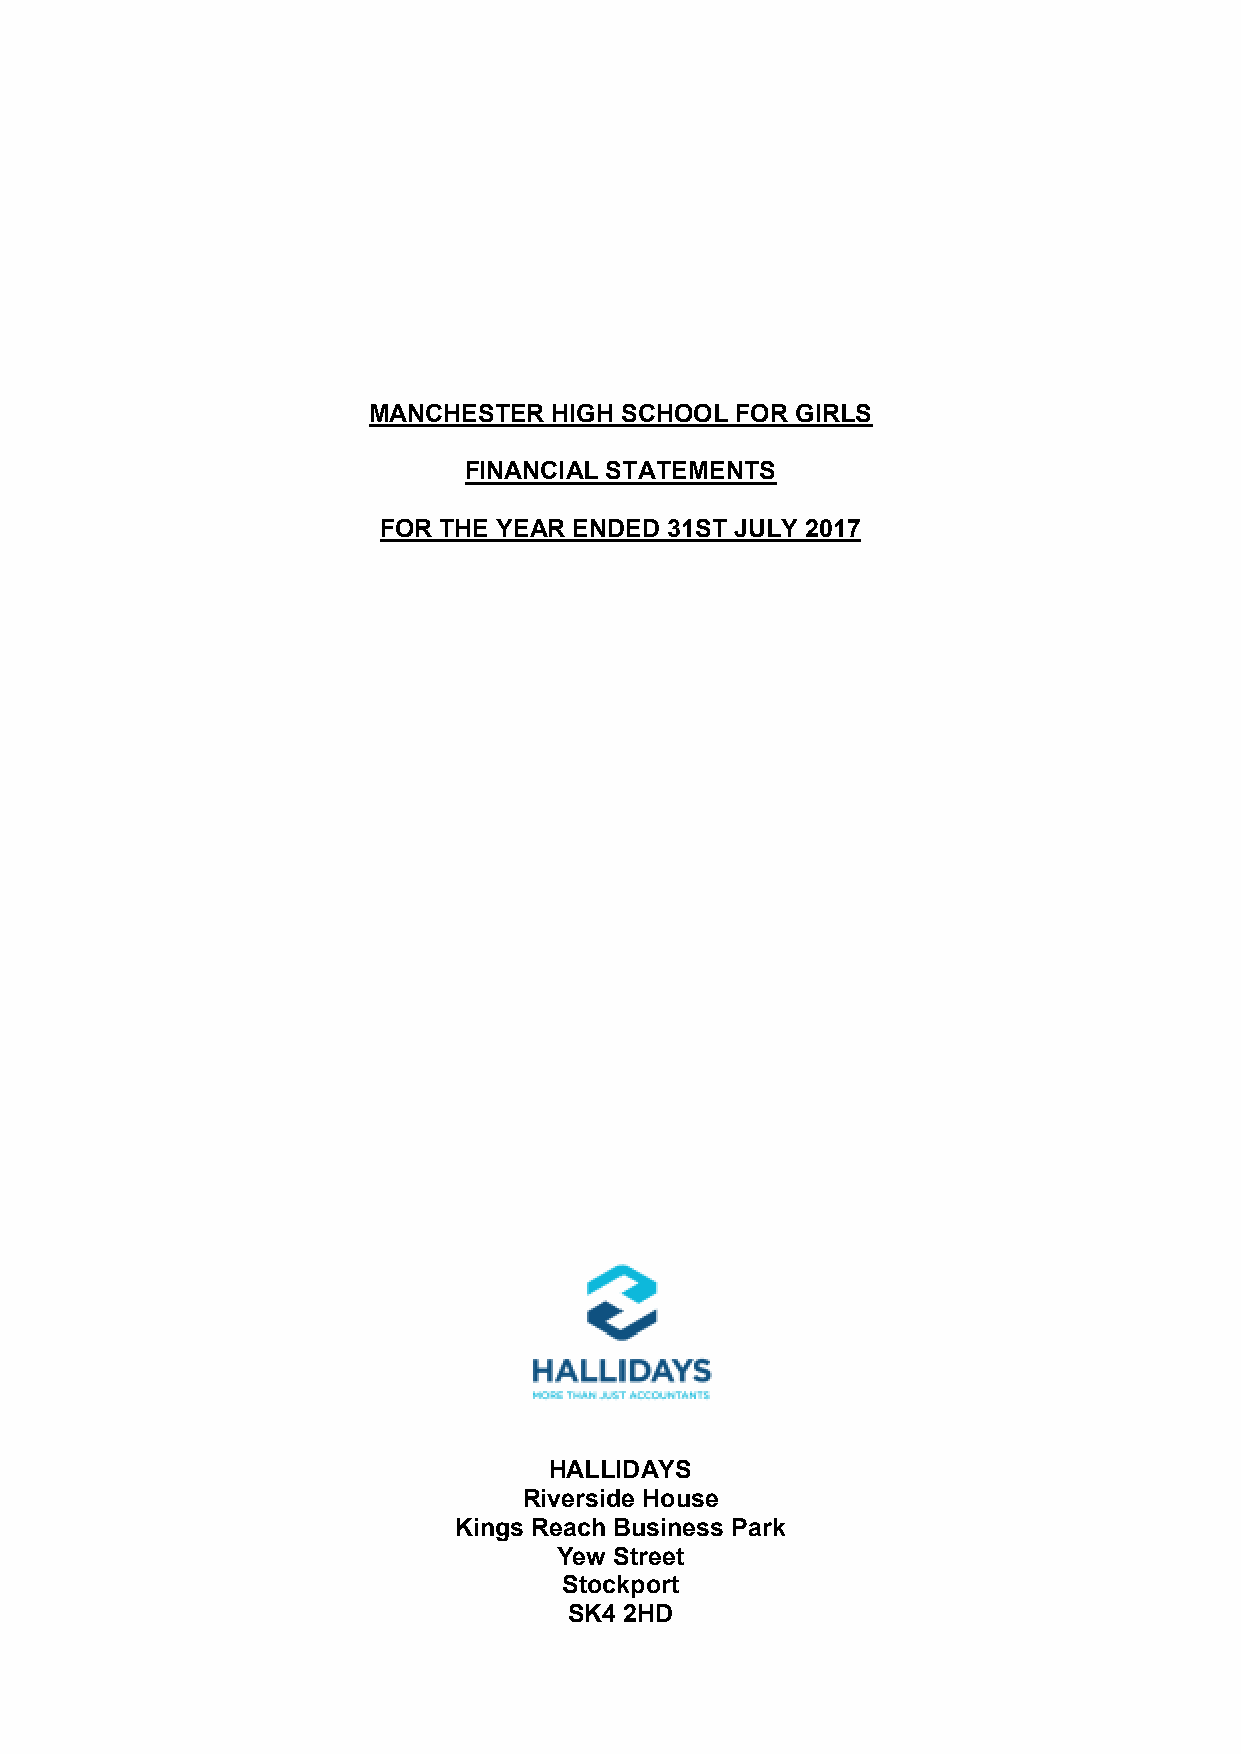
MANCHESTER   HIGH SCHOOL FOR GIRLS
 FINANCIAL STATEMENTS
 FOR THE YEAR ENDED 31ST JULY 2017
 HALLIDAYS
 Riverside House
 Kings Reach Business Park
 Yew Street
 Stockport
 SK4 2HD